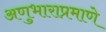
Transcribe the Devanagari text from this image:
अणुभाराप्रमाणे